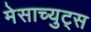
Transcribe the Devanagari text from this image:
मेसाच्युट्स